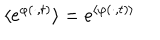
\langle \mathrm { e } ^ { \varphi ( \cdot , t ) } \rangle = \mathrm { e } ^ { \langle \varphi ( \cdot , t ) \rangle }